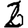
Digit: 2